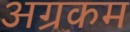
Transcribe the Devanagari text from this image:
अग्रकम